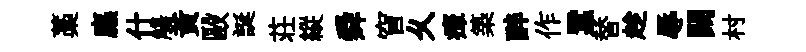
藁廡什觴黃毆誕荘縱舜窅乆瘴築醉作蠶替趁辱闕村